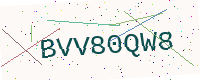
Text: BVV80QW8